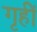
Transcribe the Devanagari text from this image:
गृहीं